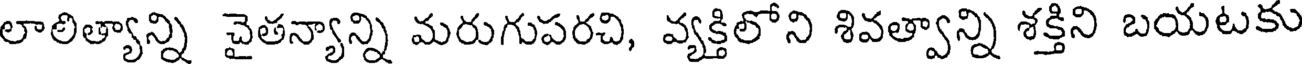
లాలిత్యాన్ని చైతన్యాన్ని మరుగుపరచి, వ్యక్తిలోని శివత్వాన్ని శక్తిని బయటకు